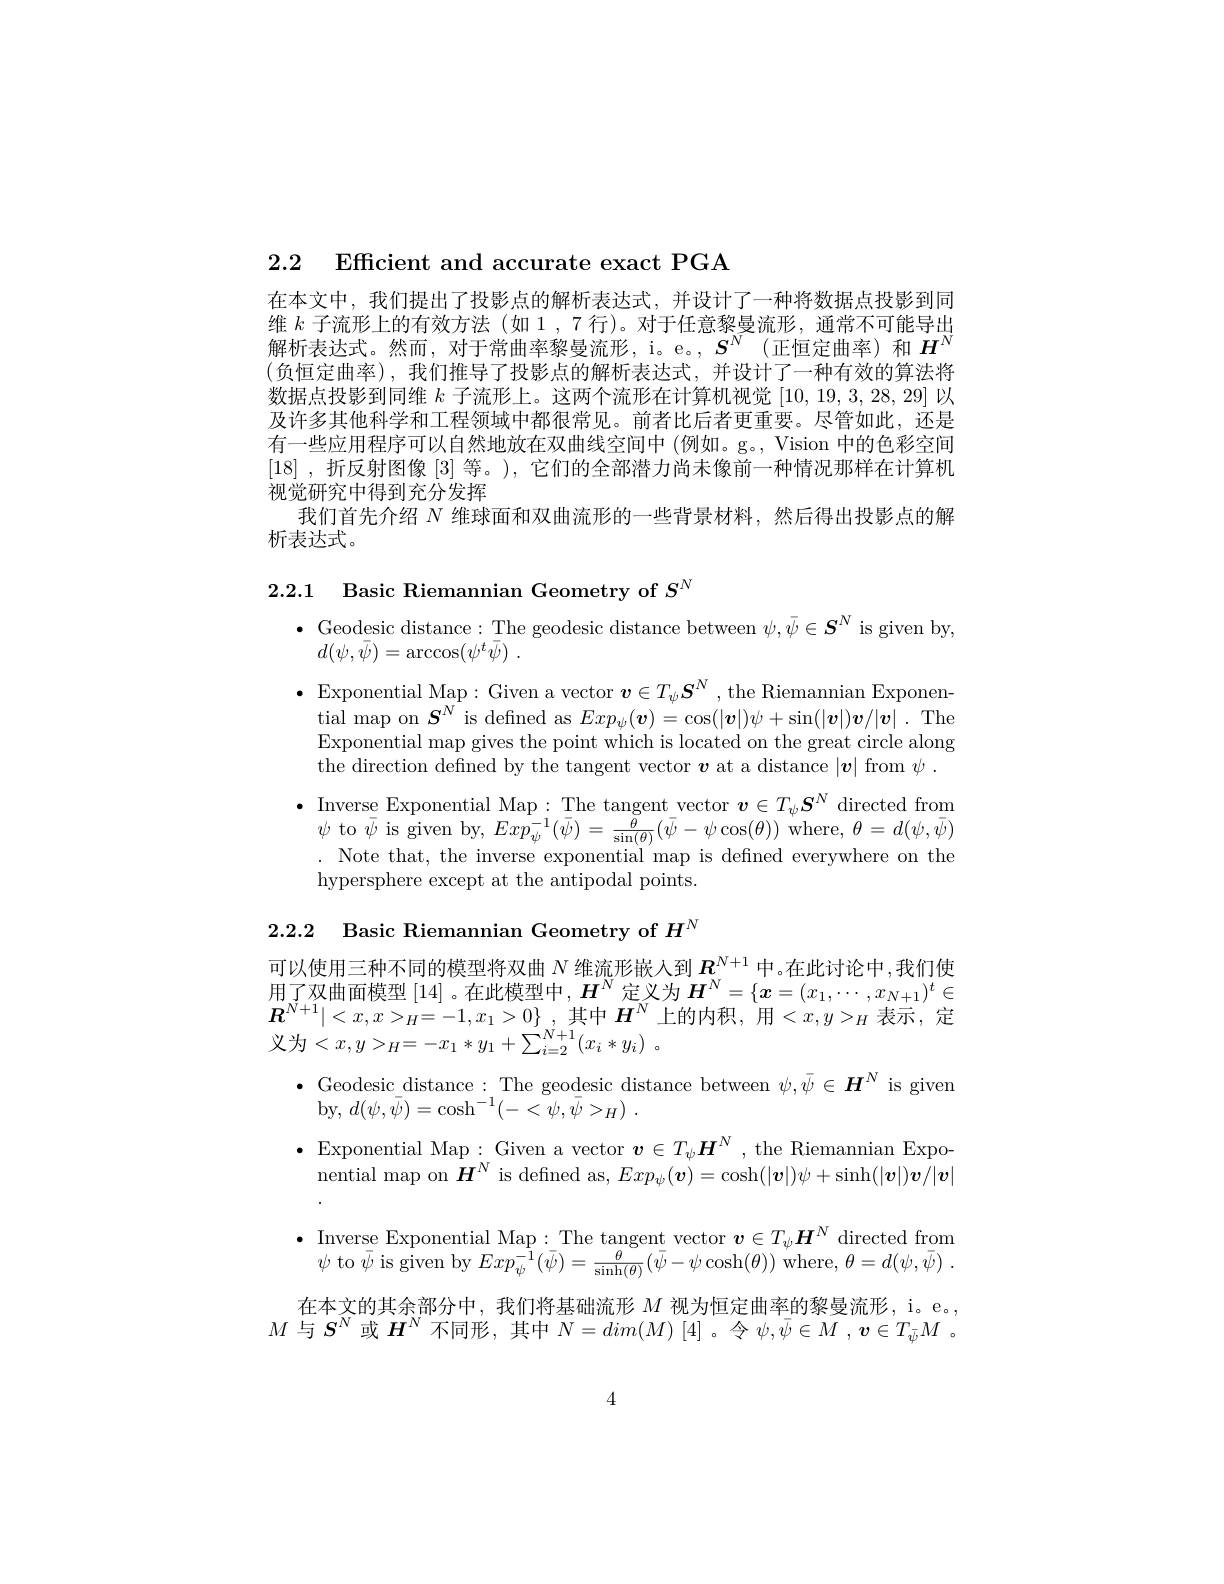
2.2 Efficient and accurate exact PGA

在本文中，我们提出了投影点的解析表达式，并设计了一种将数据点投影到同维$k$子流形上的有效方法 (如 1 ,7 行)。对于任意黎曼流形，通常不可能导出解析表达式。然而，对于常曲率黎曼流形，i。e。$S^N$ (正恒定曲率)和$H^N$ (负恒定曲率),我们推导了投影点的解析表达式，并设计了一种有效的算法将数据点投影到同维$k$子流形上。这两个流形在计算机视觉[10,19,3,28,29]以及许多其他科学和工程领域中都很常见。前者比后者更重要。尽管如此，还是有一些应用程序可以自然地放在双曲线空间中 (例如。g。, Vision 中的色彩空间[18] ,折反射图像[3]等。), 它们的全部潜力尚未像前一种情况那样在计算机视觉研究中得到充分发挥
我们首先介绍$N$维球面和双曲流形的一些背景材料，然后得出投影点的解
析表达式。

2.2.1 Basic Riemannian Geometry of $S^N$

$\bullet$ Geodesic distance: The geodesic distance between $\psi,\bar{\psi}\in\boldsymbol{S}^N$ is given by,
$d( \psi , \bar{\psi } ) = \arccos ( \psi ^t\bar{\psi } )$ .
$\bullet$ Exponential Map:Given a vector $\boldsymbol{v}\in T_\psi\boldsymbol{S}^N$, the Riemannian Exponen-
tial map on $S^N$ is defined as $Exp_\psi(\boldsymbol{v})=\cos(|\boldsymbol{v}|)\psi+\sin(|\boldsymbol{v}|)\boldsymbol{v}/|\boldsymbol{v}|.$ The Exponential map gives the point which is located on the great circle along the direction defined by the tangent vector $v$ at a distance $|v|$ from $\psi.$
$\bullet$ Inverse Exponential Map:The tangent vector $\boldsymbol v\in T_\psi\boldsymbol{S}^N$ directed from $\psi$ to $\bar{\psi}$ is given by, $Exp_\psi^{-1}(\bar{\psi})=\frac{\bar{\theta}}{\sin(\theta)}(\bar{\psi}-\psi\cos(\theta))$ where, $\theta=d(\psi,\bar{\psi})$ . Note that, the inverse exponential map is defned everywhere on the hypersphere except at the antipodal points

$_{2.2.2\:\text{Basic Riemannian Geometry of }H^N}$

可以使用三种不同的模型将双曲$N$维流形嵌人到$R_\mathrm{y}^{N+1}$中。在此讨论中，我们使用了双曲面模型[14] 。在此模型中，$\boldsymbol H^N$定义为$\boldsymbol H^N=\{\boldsymbol x=(x_1,\cdots,x_{N+1})^t\in$ $\boldsymbol{R}^{N+ 1}| < x, x> _{H}= - 1, x_{1}> 0\}$ ,其中$\boldsymbol H^N$上的内积，用$<x,y>_{H}$表示，定$\begin{array}{l}{{\mathbf{1}}}{{\mid}<w,w>_{H}-{}}{{\mathbf{1}},w_{1}>0}{{\mid},{}}{{\mid}}\\{{\text{义为}}<x,y>_{H}=-x_{1}*y_{1}+\sum_{i=2}^{N+1}(x_{i}*y_{i})}\end{array}$
$\bullet$ Geodesic distance:The geodesic distance between $\psi,\bar{\psi}\in\boldsymbol{H}^N$ is given
by, $d( \psi , \bar{\psi } ) = \cosh ^{- 1}( - < \psi , \bar{\psi } > _{H})$ .
$\bullet$ Exponential Map:Given a vector $\boldsymbol{v}\in T_\psi \boldsymbol{H}^N$, the Riemannian Exponential map on $\boldsymbol{H}^N$ is defined as, $Exp_\psi(\boldsymbol{v})=\cosh(|\boldsymbol{v}|)\psi+\sinh(|\boldsymbol{v}|)\boldsymbol{v}/|\boldsymbol{v}|$
$\bullet$ Inverse Exponential Map:The tangent vector $\boldsymbol v\in T_\psi\boldsymbol{H}^N$ directed from
$\psi$ to $\bar{\psi}$ is given by $Exp_\psi^{-1}(\bar{\psi})=\frac{\theta}{\sinh(\theta)}(\bar{\psi}-\psi\cosh(\bar{\theta}))$ where, $\theta = d( \psi , \bar{\psi } )$ . 在本文的其余部分中，我们将基础流形$M$视为恒定曲率的黎曼流形，i。e。,
$M$与$S^N$或$H^N$不同形，其中$N=dim(M)[4]$。令$\psi,\bar{\psi}\in M$ ,$\boldsymbol v\in T_{\bar{\psi}}M$ 。

4